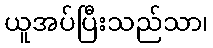
ယူအပ်ပြီးသည်သာ၊